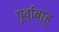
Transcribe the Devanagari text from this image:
पूर्वाबाहु